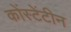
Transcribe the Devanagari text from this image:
कोंस्टेंटीन